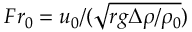
F r _ { 0 } = u _ { 0 } / ( \sqrt { r g \Delta \rho / \rho _ { 0 } } )